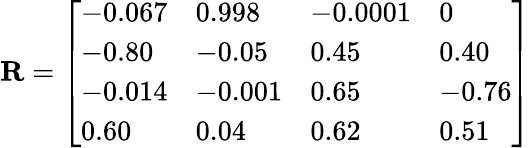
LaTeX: {\mathbf R}=\left[\begin{array}{llll}{{-0.067}}&{{0.998}}&{{-0.0001}}&{{0}}\\ {{-0.80}}&{{-0.05}}&{{0.45}}&{{0.40}}\\ {{-0.014}}&{{-0.001}}&{{0.65}}&{{-0.76}}\\ {{0.60}}&{{0.04}}&{{0.62}}&{{0.51}}\end{array}\right]